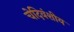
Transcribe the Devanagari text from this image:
चेदिवंशीय